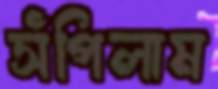
সঁপিলাম